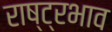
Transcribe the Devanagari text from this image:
राष्ट्रभाव